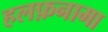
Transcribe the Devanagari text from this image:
हलफ़नामा